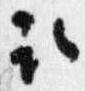
取